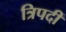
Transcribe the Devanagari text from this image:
त्रिपदीं